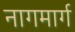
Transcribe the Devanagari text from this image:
नागमार्ग